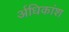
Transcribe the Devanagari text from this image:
र्अधिकांश